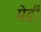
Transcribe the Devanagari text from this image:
मेर्डी